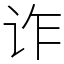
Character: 诈